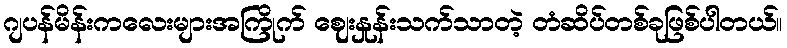
ဂျပန်မိန်းကလေးများအကြိုက် ဈေးနှုန်းသက်သာတဲ့ တံဆိပ်တစ်ခုဖြစ်ပါတယ်။